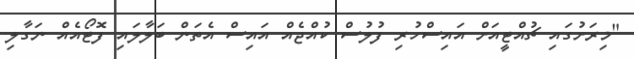
"މިރަށުގައި ޗުއްޓީއަށް އައިސްހުރި ފުލުސް ކުއްޖެއް އައިސް އެތަން ބަލާލައި ފޮޓޯއެއް ނަގާލި